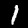
Label: 1